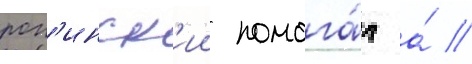
рог'инск'ии помога́л а́ //